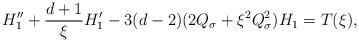
LaTeX: \begin{align*}H_1'' + \frac{d+1}{\xi} H_1' - 3(d-2) ( 2Q_\sigma + \xi^2 Q_\sigma^2) H_1 = T(\xi),\end{align*}